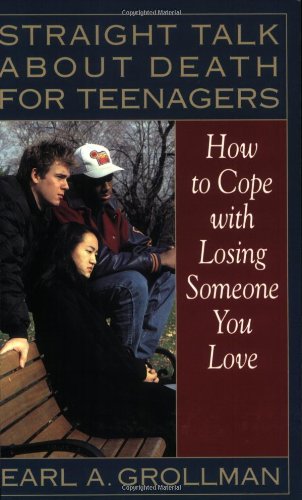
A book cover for Straight Talk about Death for Teenagers: How to Cope with Losing Someone You Love; Earl A. Grollman; Teen & Young Adult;